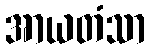
အာယတံသာ